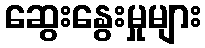
ဆွေးနွေးမှုများ